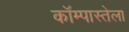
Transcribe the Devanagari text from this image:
कॉम्पास्तेला